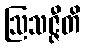
ဩသဇ္ဇီတိ